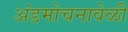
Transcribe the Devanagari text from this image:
अंडमोचनावेळी